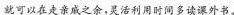
就可以在走亲戚之余，灵活利用时间多读课外书。